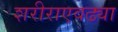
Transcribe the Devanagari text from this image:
शरीराएवढ्या